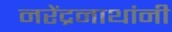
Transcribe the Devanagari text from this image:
नरेंद्रनाथांनी